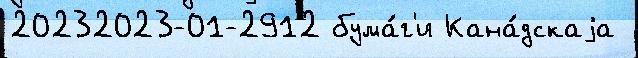
20232023-01-2912 бума́г'и Кана́дскаjа